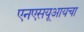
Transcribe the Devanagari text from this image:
एनएसयूआयचा